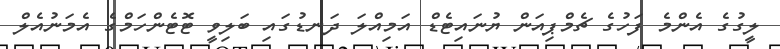
ލީގުގެ އެންމެ ފަހުގެ ޗެމްޕިއަން ޔުނައިޓެޑް އަމިއްލަ ދަނޑުގައި ބަލިވީ ޓޮޓެންހަމްގެ އެމަނުއެލް